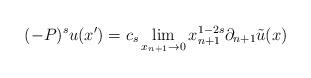
LaTeX: \begin{align*}(-P)^{s}u(x')=c_{s}\lim_{x_{n+1}\rightarrow0}x_{n+1}^{1-2s}\partial_{n+1}\tilde{u}(x) \end{align*}